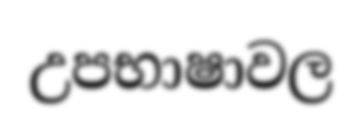
උපභාෂාවල